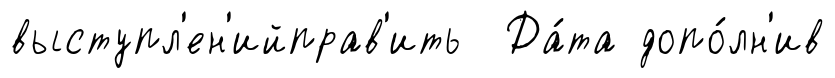
выступл'ен'ийправ'ить Да́та допо́лн'ив